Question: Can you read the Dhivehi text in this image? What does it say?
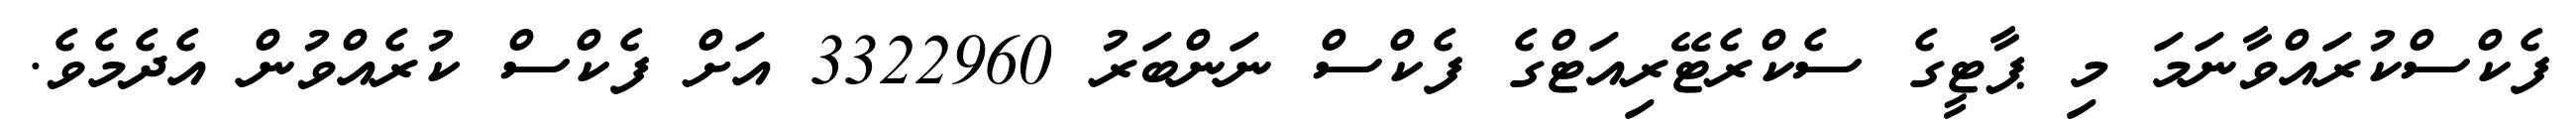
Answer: ފެކްސްކުރައްވާނަމަ މި ޕާޓީގެ ސެކްރެޓޭރިއަޓްގެ ފެކްސް ނަންބަރު 3322960 އަށް ފެކްސް ކުރެއްވުން އެދެމެވެ.